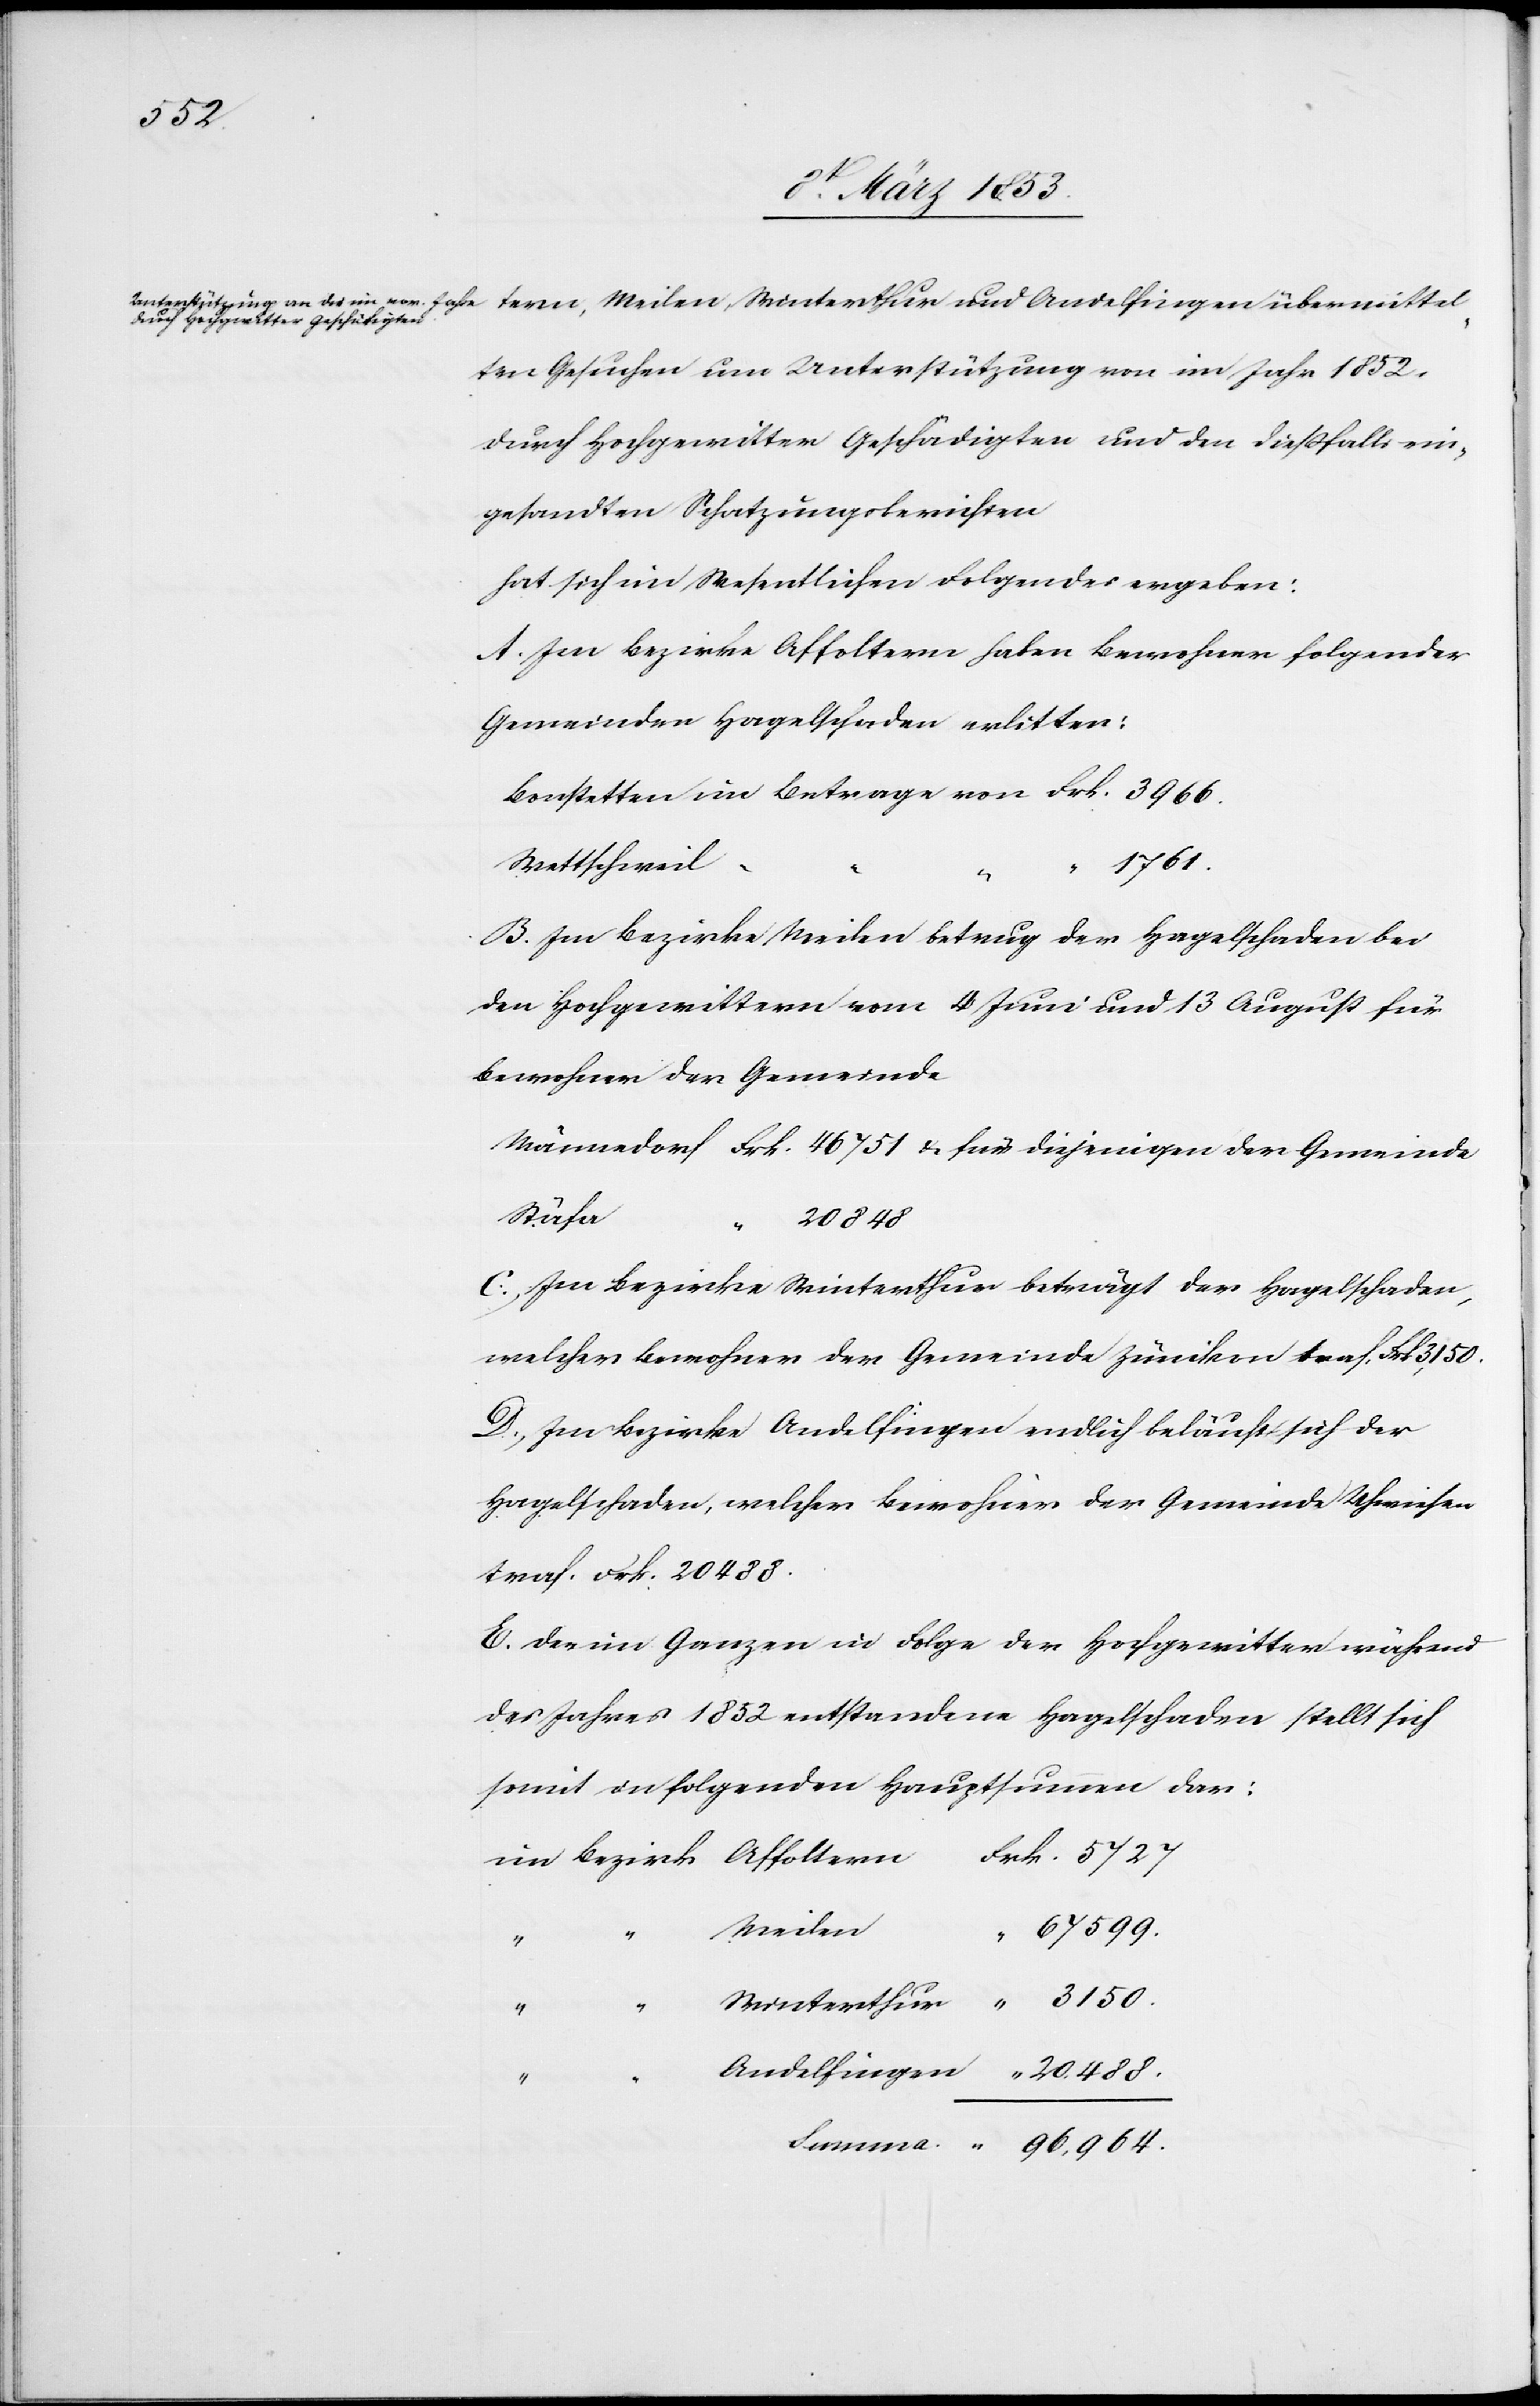
ten Gesuchen um Unterstützung von im Jahre 1852
durch Hochgewitter Geschädigten und den dießfalls ein¬
gesandten Schatzungsberichten.
hat sich im Wesentlichen Folgendes ergeben:
A. Im Bezirke Affoltern haben Bewohner folgender
Gemeinden Hagelschaden erlitten:
Bonstetten im Betrage von Frk. 3966.
1761.
B. Im Bezirke Meilen betrug der Hagelschaden bei
den Hochgewittern vom 4 Juni und 13 August für
Bewohner der Gemeinde.
Männedorf Frk. 46751 u. für diejenigen der Gemeinde
Winterthur
C, Im Bezirke Winterthur beträgt der Hagelschaden,
welcher Bewohner der Gemeinde Zümikon traf. Frk. 3150.
D. Im Bezirke Andelfingen endlich beläuft sich der
Hagelschaden, welcher Bewohner der Gemeinde Uhwiesen
traf. Frk. 20488.
E. Der im Ganzen in Folge der Hochgewitter während
des Jahres 1852 entstandene Hagelschaden stellt sich
somit in folgenden Hauptsummen dar:
im Bezirk	Affoltern	Frk.	5727.
Meilen,
Andelfingen übermittel¬